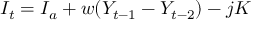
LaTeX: I _ { t } = I _ { a } + w ( Y _ { t - 1 } - Y _ { t - 2 } ) - j K